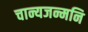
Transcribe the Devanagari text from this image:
चान्यजन्मनि